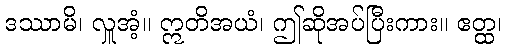
ဒဿာမိ၊ လှူအံ့။ ဣတိအယံ၊ ဤဆိုအပ်ပြီးကား။ ဧတ္ထ၊